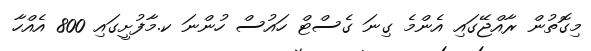
މިގޮތުން ރާއްޖޭގައި އެންމެ ގިނަ ގެސްޓް ހައުސް ހުންނަ ކ.މާފުށީގައި 800 އެއްހާ